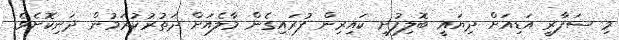
މި ސަފާރީ އަޑިއަށް ދިޔައީ ބޮލިފުށި ކައިރިން ފުރައިގެން މާލެއަށް ދަތުރުކުރަމުން ދަނިކޮށެވެ.